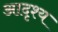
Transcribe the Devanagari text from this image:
आदृश्य